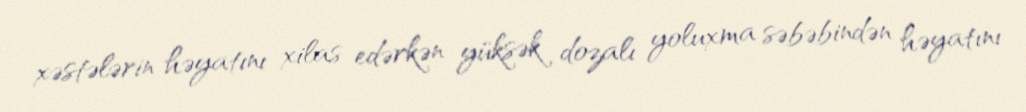
xəstələrin həyatını xilas edərkən yüksək dozalı yoluxma səbəbindən həyatını